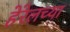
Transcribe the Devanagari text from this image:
हेरेलच्या